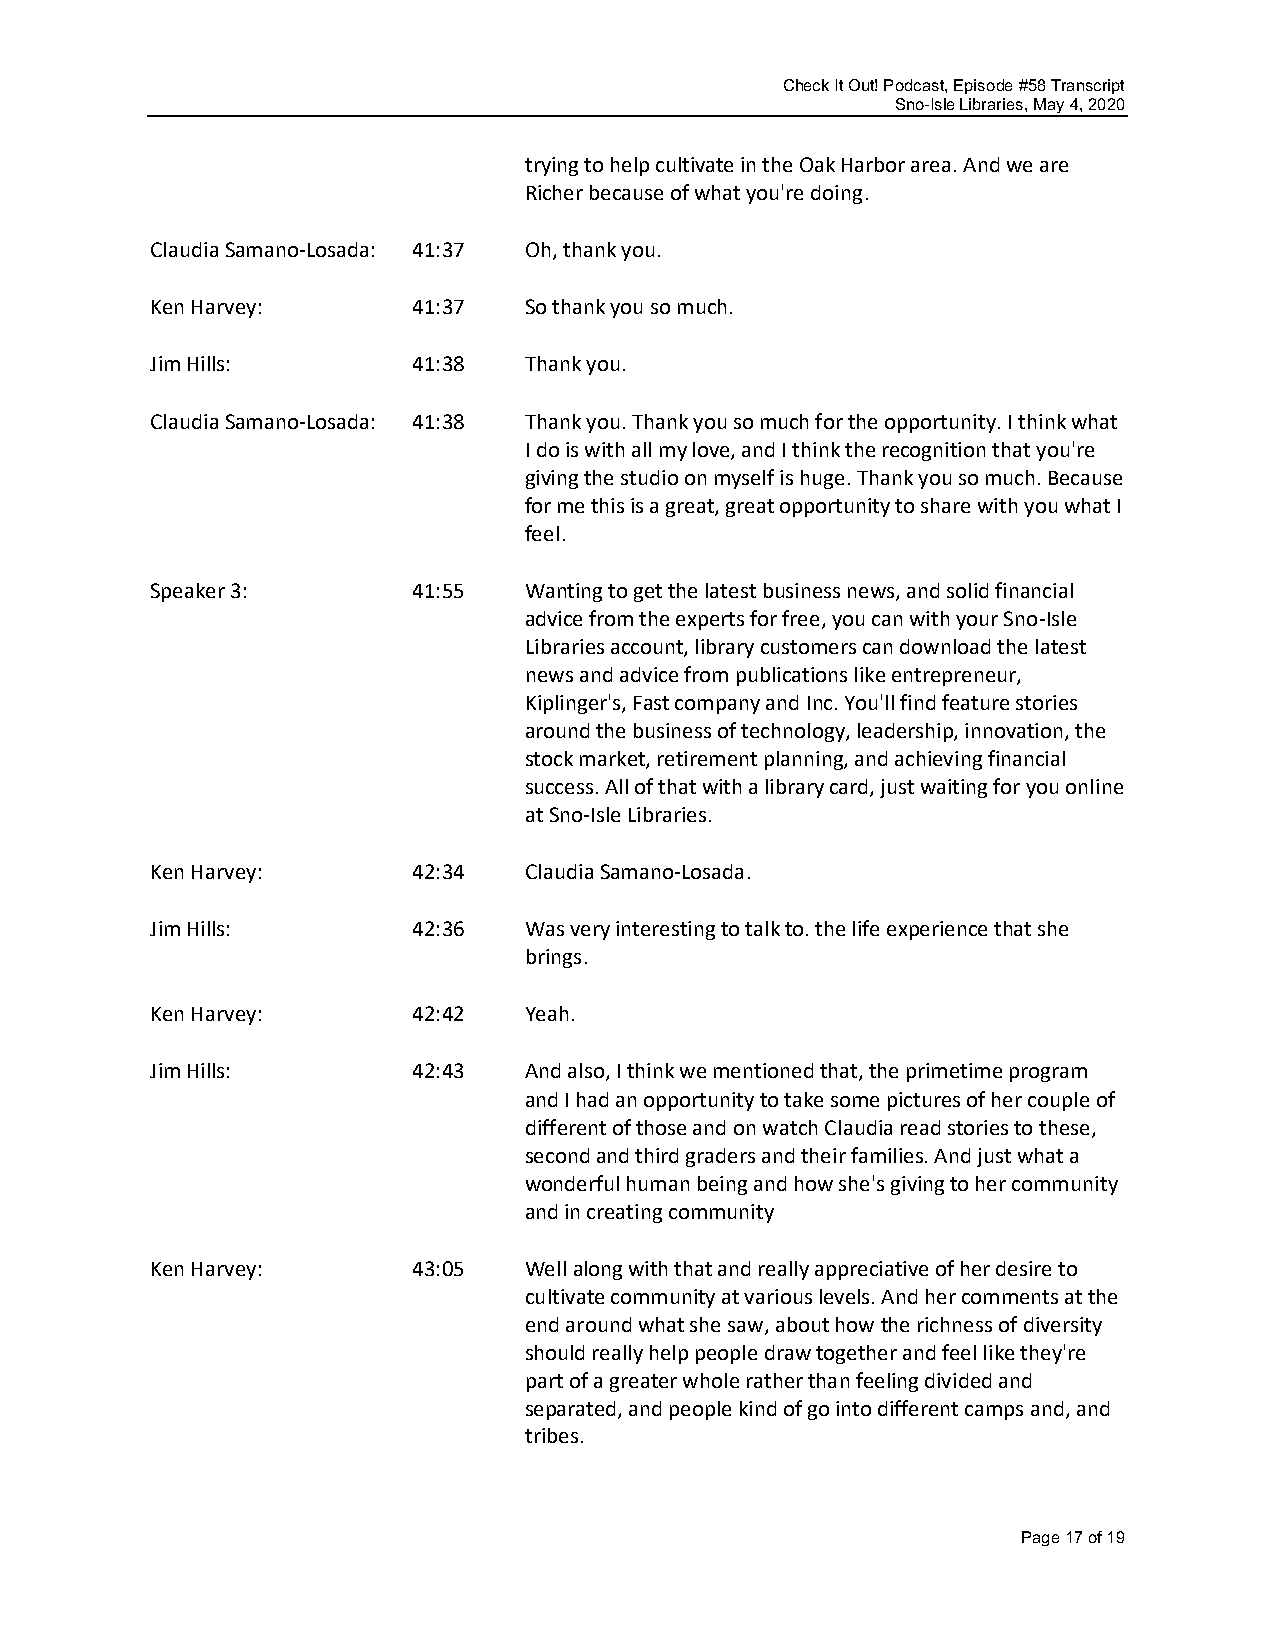
Check It Out! Podcast, Episode #58 Transcript
 Sno-Isle Libraries, May 4, 2020
 trying to help cultivate in the Oak Harbor area. And we are
 Richer because of what you're doing.
 Claudia Samano-Losada: 41:37 Oh, thank you.
 Ken Harvey:      41:37   So thank you so much.
 Jim Hills:       41:38   Thank you.
 Claudia Samano-Losada: 41:38 Thank you. Thank you so much for the opportunity. I think what
 I do is with all my love, and I think the recognition that you're
 giving the studio on myself is huge. Thank you so much. Because
 for me this is a great, great opportunity to share with you what I
 feel.
 Speaker 3:       41:55   Wanting to get the latest business news, and solid financial
 advice from the experts for free, you can with your Sno-Isle
 Libraries account, library customers can download the latest
 news and advice from publications like entrepreneur,
 Kiplinger's, Fast company and Inc. You'll find feature stories
 around the business of technology, leadership, innovation, the
 stock market, retirement planning, and achieving financial
 success. All of that with a library card, just waiting for you online
 at Sno-Isle Libraries.
 Ken Harvey:      42:34   Claudia Samano-Losada.
 Jim Hills:       42:36   Was very interesting to talk to. the life experience that she
 brings.
 Ken Harvey:      42:42   Yeah.
 Jim Hills:       42:43   And also, I think we mentioned that, the primetime program
 and I had an opportunity to take some pictures of her couple of
 different of those and on watch Claudia read stories to these,
 second and third graders and their families. And just what a
 wonderful human being and how she's giving to her community
 and in creating community
 Ken Harvey:      43:05   Well along with that and really appreciative of her desire to
 cultivate community at various levels. And her comments at the
 end around what she saw, about how the richness of diversity
 should really help people draw together and feel like they're
 part of a greater whole rather than feeling divided and
 separated, and people kind of go into different camps and, and
 tribes.
 Page 17 of 19